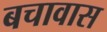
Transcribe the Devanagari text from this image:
बचावास